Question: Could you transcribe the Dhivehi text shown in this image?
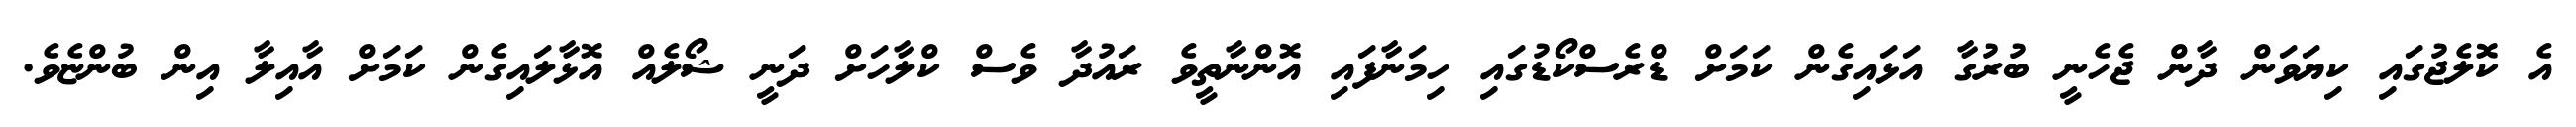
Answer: އެ ކޮލެޖުގައި ކިޔަވަން ދާން ޖެހެނީ ބުރުގާ އަޅައިގެން ކަމަށް ޑްރެސްކޯޑުގައި ހިމަނާފައި އޮންނާތީވެ ރައުދާ ވެސް ކްލާހަށް ދަނީ ޝޯލެއް އޮޅާލައިގެން ކަމަށް އާއިލާ އިން ބުންޏެވެ.